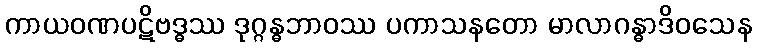
ကာယဝဏပဋိဗဒ္ဓဿ ဒုဂ္ဂန္ဓဘာဝဿ ပကာသနတော မာလာဂန္ဓာဒိဝသေန